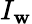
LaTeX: I_{\mathbf{w}}